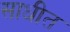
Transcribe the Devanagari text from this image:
साधीत